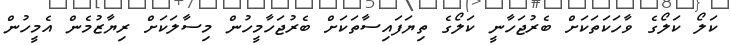
ކަލޯ ކަލޯގެ ވާހަކަތަކަށް ބެރުޖަހާނީ ކަލޯގެ ތިޔަފައިސާތަކަށް ބެރުޖަހާމީހުން މިސާލަކަށް ރިޔާޒުމެން އެމީހުން